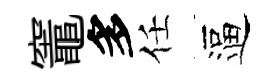
竈多任逼